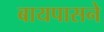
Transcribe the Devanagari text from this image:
बायपासने